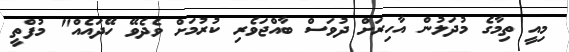
މިއީ ތިމާގެ މުދަލުން އާހިރަށް ދުވަސް ބާއްޖަވެރި ކުރުމަށް ވެދެވޭ ހޭދައެއް" މުފްތީ